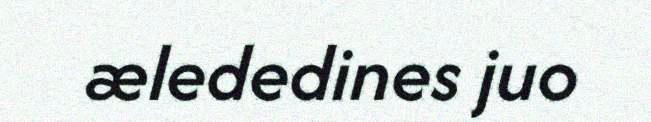
ælededines juo